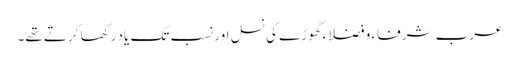
عرب شرفاء و فضلاء گھوڑے کی نسل اور نسب تک یاد رکھا کرتے تھے۔